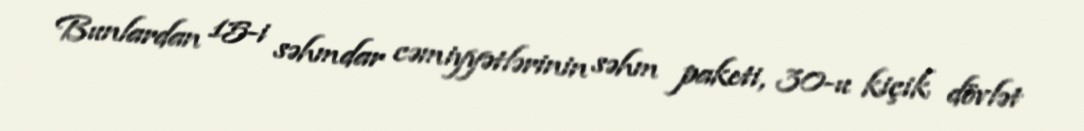
Bunlardan 15-i səhmdar cəmiyyətlərinin səhm paketi, 30-u kiçik dövlət